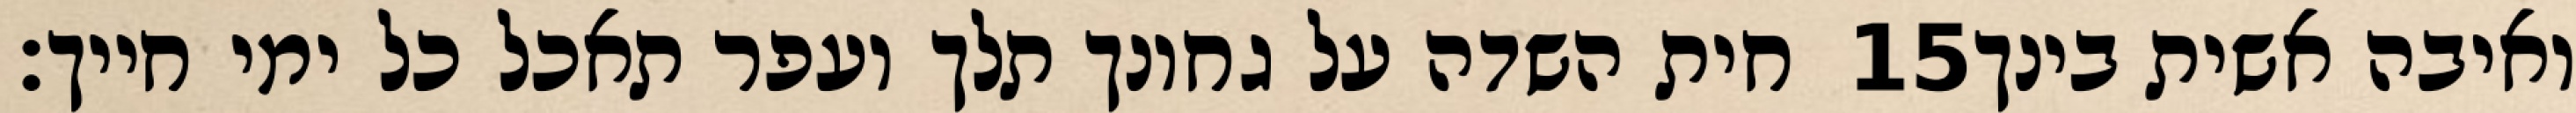
חית השדה על גחונך תלך ועפר תאכל כל ימי חייך׃ ‎15‏ ואיבה אשית בינך